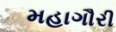
મહાગૌરી